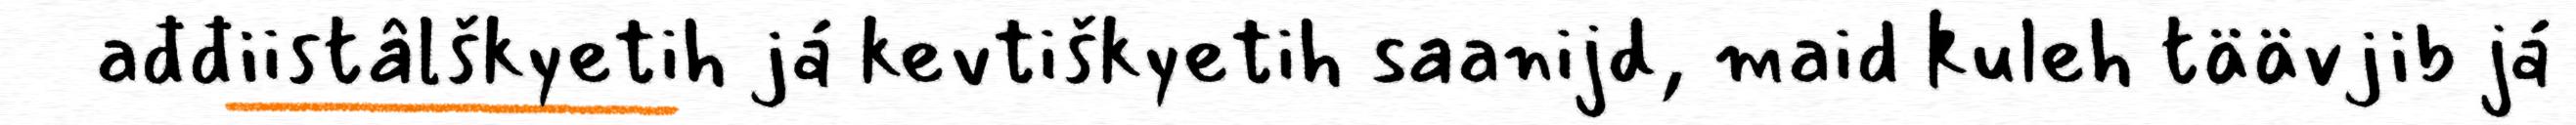
ađđiistâlškyetih já kevtiškyetih saanijd, maid kuleh täävjib já